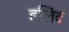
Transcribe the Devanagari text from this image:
हलिंद